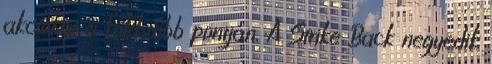
akciókat a Föld több pontján. A Strike Back negyedik